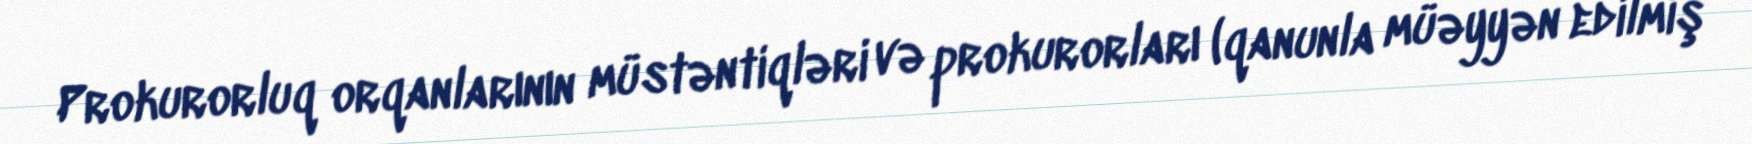
Prokurorluq orqanlarının müstəntiqləri və prokurorları (qanunla müəyyən edilmiş